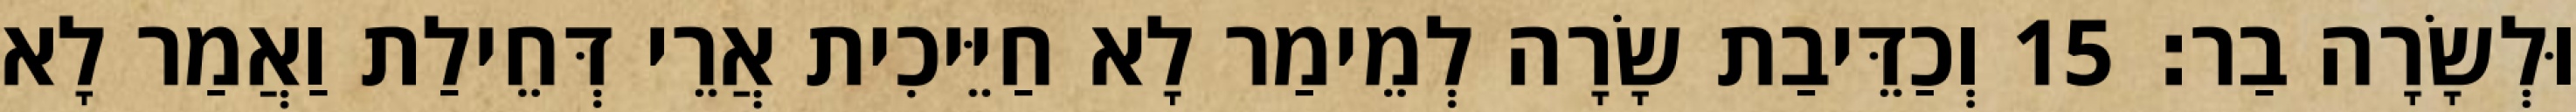
וּלְשָׂרָה בַר׃ 15 וְכַדֵּיבַת שָׂרָה לְמֵימַר לָא חַיֵּיכִית אֲרֵי דְּחֵילַת וַאֲמַר לָא